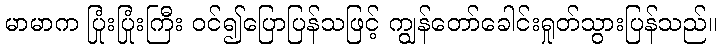
မာမာက ပြုံးပြုံးကြီး ဝင်၍ပြောပြန်သဖြင့် ကျွန်တော်ခေါင်းရှုတ်သွားပြန်သည်။